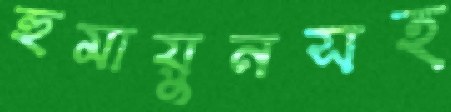
হুমায়ুনসহ